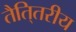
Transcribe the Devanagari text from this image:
तैति्तरीय